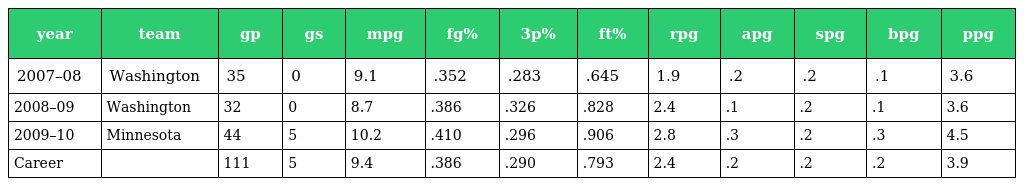
| year | team | gp | gs | mpg | fg% | 3p% | ft% | rpg | apg | spg | bpg | ppg |
 | --- | --- | --- | --- | --- | --- | --- | --- | --- | --- | --- | --- | --- |
 | 2007–08 | Washington | 35 | 0 | 9.1 | .352 | .283 | .645 | 1.9 | .2 | .2 | .1 | 3.6 |
 | 2008–09 | Washington | 32 | 0 | 8.7 | .386 | .326 | .828 | 2.4 | .1 | .2 | .1 | 3.6 |
 | 2009–10 | Minnesota | 44 | 5 | 10.2 | .410 | .296 | .906 | 2.8 | .3 | .2 | .3 | 4.5 |
 | Career |  | 111 | 5 | 9.4 | .386 | .290 | .793 | 2.4 | .2 | .2 | .2 | 3.9 |